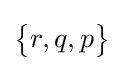
{\begin{Bmatrix}r,q,p\end{Bmatrix}}